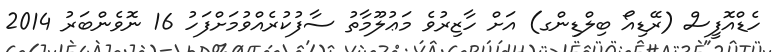
ހެޑްއޮފީސް (ރޭޑިއޯ ބިލްޑިންގ) އަށް ހާޒިރުވެ މަޢުލޫމާތު ސާފުކުރެއްވުމަށްފަހު 16 ނޮވެންބަރު 2014